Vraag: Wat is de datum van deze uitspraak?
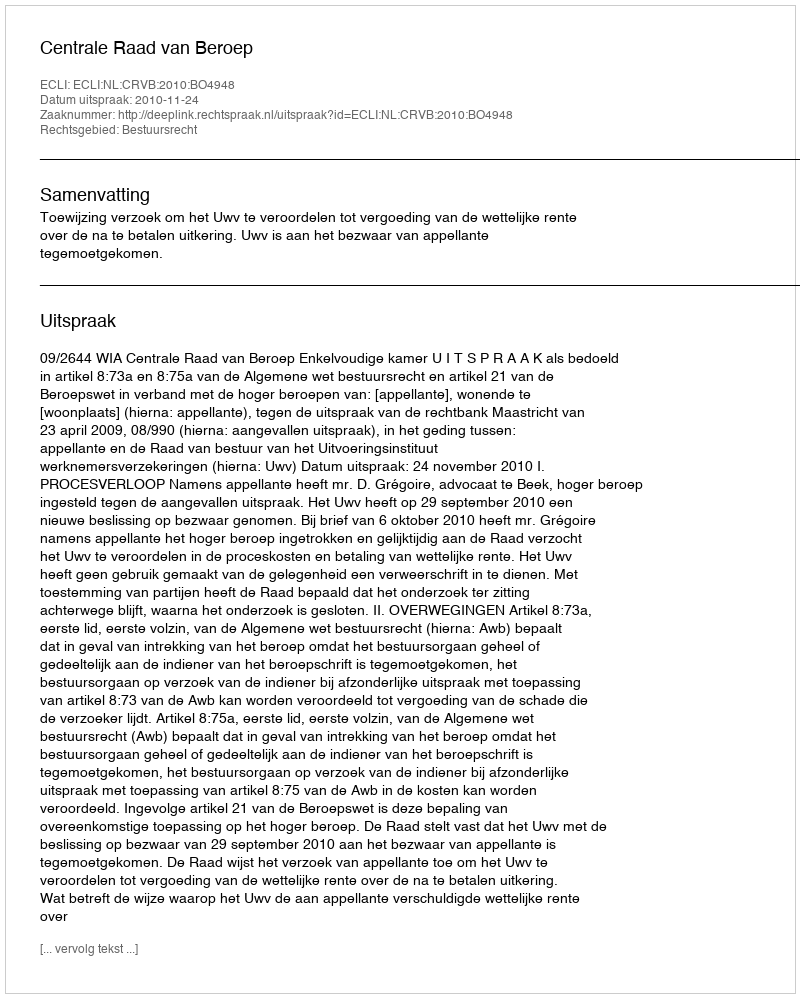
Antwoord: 2010-11-24